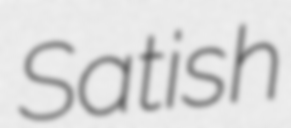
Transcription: Satish